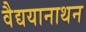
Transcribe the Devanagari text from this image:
वैद्ययानाथन